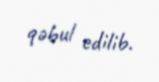
qəbul edilib.